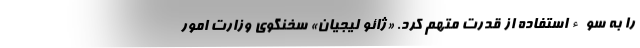
را به سوءاستفاده از قدرت متهم کرد. «ژائو لیجیان» سخنگوی وزارت امور